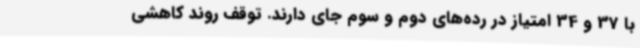
با 37 و 34 امتیاز در رده‌های دوم و سوم جای دارند. توقف روند کاهشی